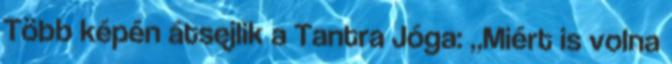
Több képén átsejlik a Tantra Jóga: „Miért is volna